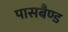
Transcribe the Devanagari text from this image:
पासबैण्ड